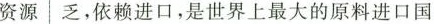
资源 乏，依赖进口，是世界上最大的原料进口国